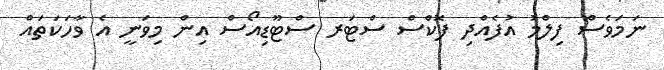
ނަމަވެސް ފިލްމު އުފެއްދި ފޮކްސް ސްޓަރ ސްޓޫޑިއޯސް އިން މިވަނީ އެ ވާހަކަތައް